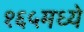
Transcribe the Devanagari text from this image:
१६५मध्ये